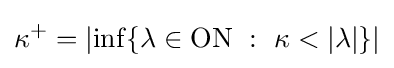
\kappa ^{+}=\left|\inf\{\lambda \in \mathrm {ON} \ :\ \kappa <\left|\lambda \right|\}\right|